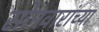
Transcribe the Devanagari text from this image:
सोमवारांच्या